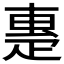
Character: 𤴝